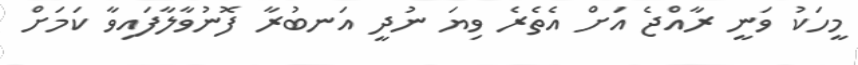
މީހަކު ވަނީ ރާއްޖެ އަށް އެތެރެ ވިޔަ ނުދީ އަނބުރާ ފޮނުވާލާފައިވާ ކަމަށް